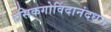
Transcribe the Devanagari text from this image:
रसिकगोविंदानंदधन